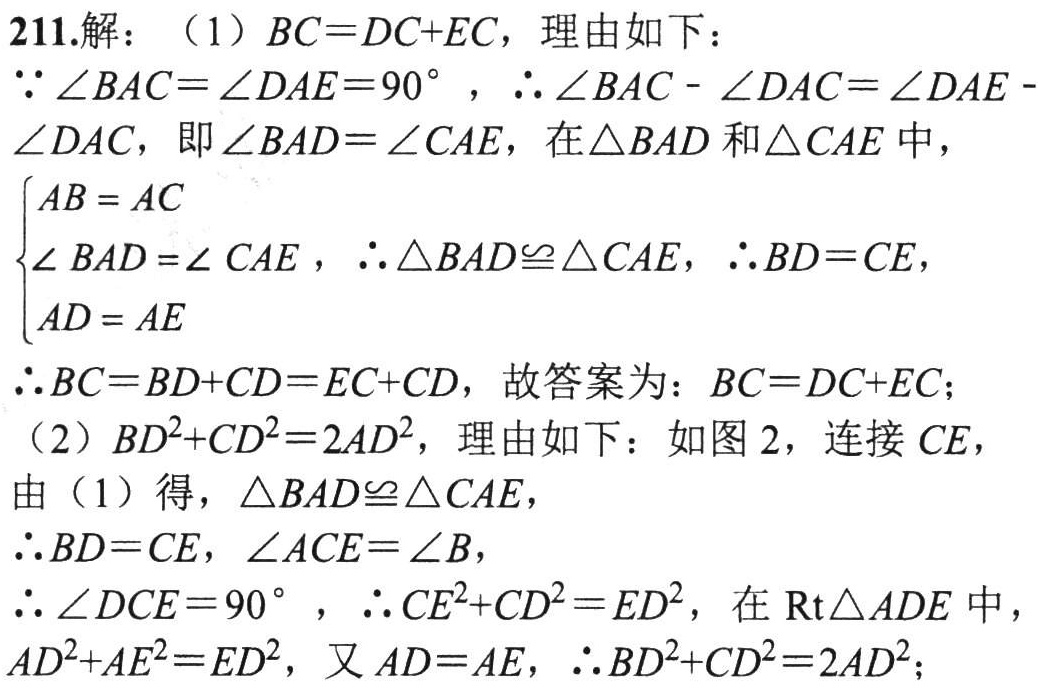
211.解：（1）\(BC = DC + EC\)，理由如下：
\(\because\angle BAC=\angle DAE = 90^{\circ}\)，\(\therefore\angle BAC-\angle DAC=\angle DAE - \angle DAC\)，即\(\angle BAD=\angle CAE\)，在\(\triangle BAD\)和\(\triangle CAE\)中，
\(\begin{cases}
AB = AC\\
\angle BAD=\angle CAE\\
AD = AE
\end{cases}\)，\(\therefore\triangle BAD\cong\triangle CAE\)，\(\therefore BD = CE\)，
\(\therefore BC=BD + CD=EC + CD\)，故答案为：\(BC = DC + EC\)；
（2）\(BD^{2}+CD^{2}=2AD^{2}\)，理由如下：如图2，连接\(CE\)，
由（1）得，\(\triangle BAD\cong\triangle CAE\)，
\(\therefore BD = CE\)，\(\angle ACE=\angle B\)，
\(\therefore\angle DCE = 90^{\circ}\)，\(\therefore CE^{2}+CD^{2}=ED^{2}\)，在\(\text{Rt}\triangle ADE\)中，\(AD^{2}+AE^{2}=ED^{2}\)，又\(AD = AE\)，\(\therefore BD^{2}+CD^{2}=2AD^{2}\)；